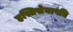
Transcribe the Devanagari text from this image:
हस्तिसेनापति